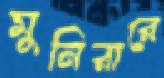
মুনিরারে